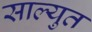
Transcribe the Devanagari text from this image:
साल्युत